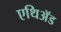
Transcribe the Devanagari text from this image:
एथिॲड